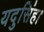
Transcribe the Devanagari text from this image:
यदुसिंह।